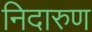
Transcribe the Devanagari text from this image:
निदारुण